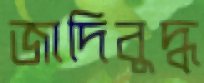
জাদিবুদ্ধ